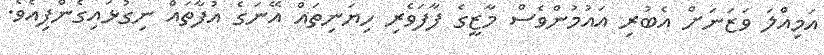
އަމިއްލަ ވަޒަނަށް އެބުރި އައުމުންވެސް މާޒީގެ ފާފަވެރި ހިޔަނިތައް އޭނަގެ އުފާތައް ނިގުޅައިގެންފިއެވެ.